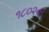
૧૮૦૨ની